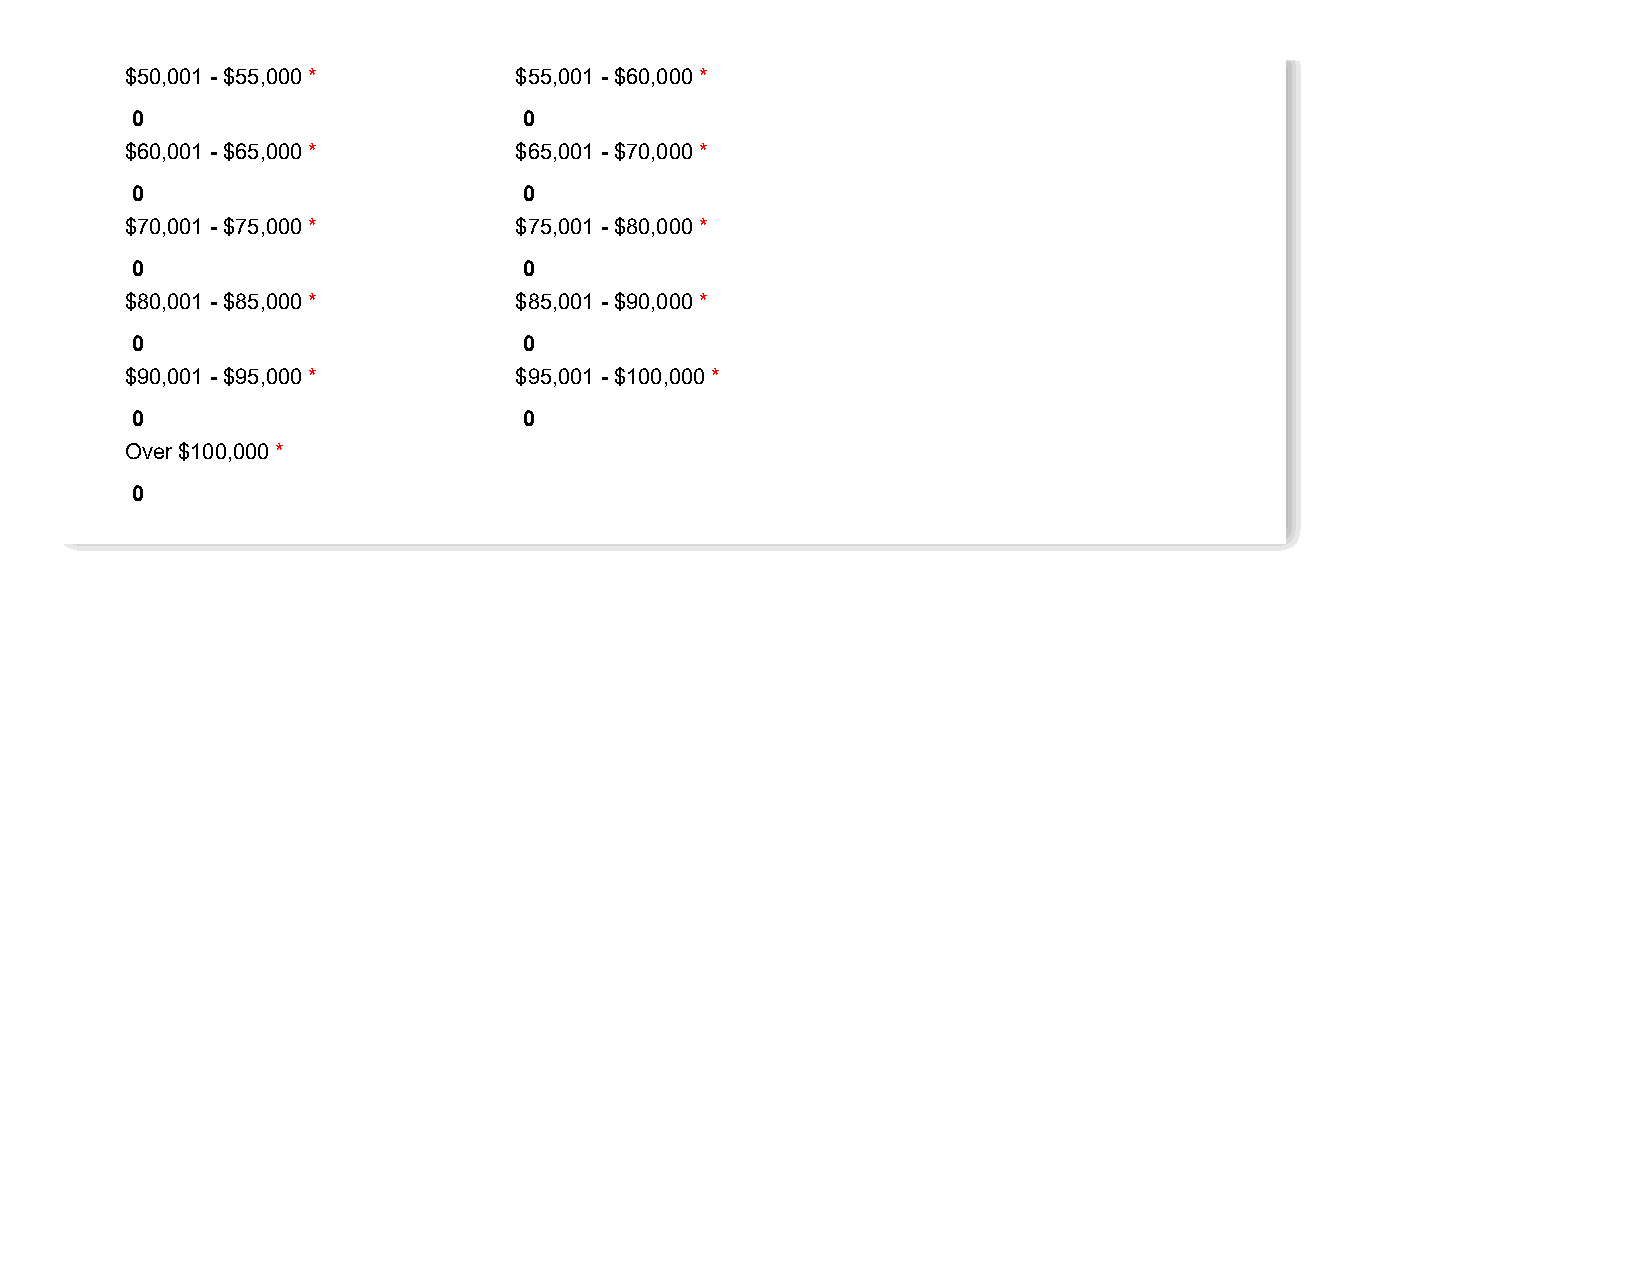
$50,001 - $55,000 *       $55,001 - $60,000 *
 0                         0
 $60,001 - $65,000 *       $65,001 - $70,000 *
 0                         0
 $70,001 - $75,000 *       $75,001 - $80,000 *
 0                         0
 $80,001 - $85,000 *       $85,001 - $90,000 *
 0                         0
 $90,001 - $95,000 *       $95,001 - $100,000 *
 0                         0
 Over $100,000 *
 0